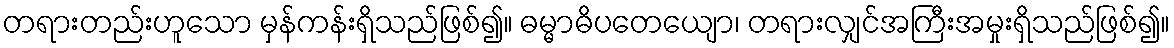
တရားတည်းဟူသော မှန်ကန်းရှိသည်ဖြစ်၍။ ဓမ္မာဓိပတေယျော၊ တရားလျှင်အကြီးအမှုးရှိသည်ဖြစ်၍။